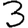
Digit: 3